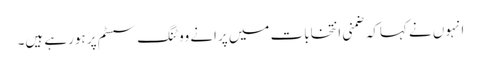
انہوں نے کہاکہ ضمنی انتخابات میں پرانے ووٹنگ سسٹم پر ہورہے ہیں۔